Jaan_Tonisson_(Lasteleht), lk 474
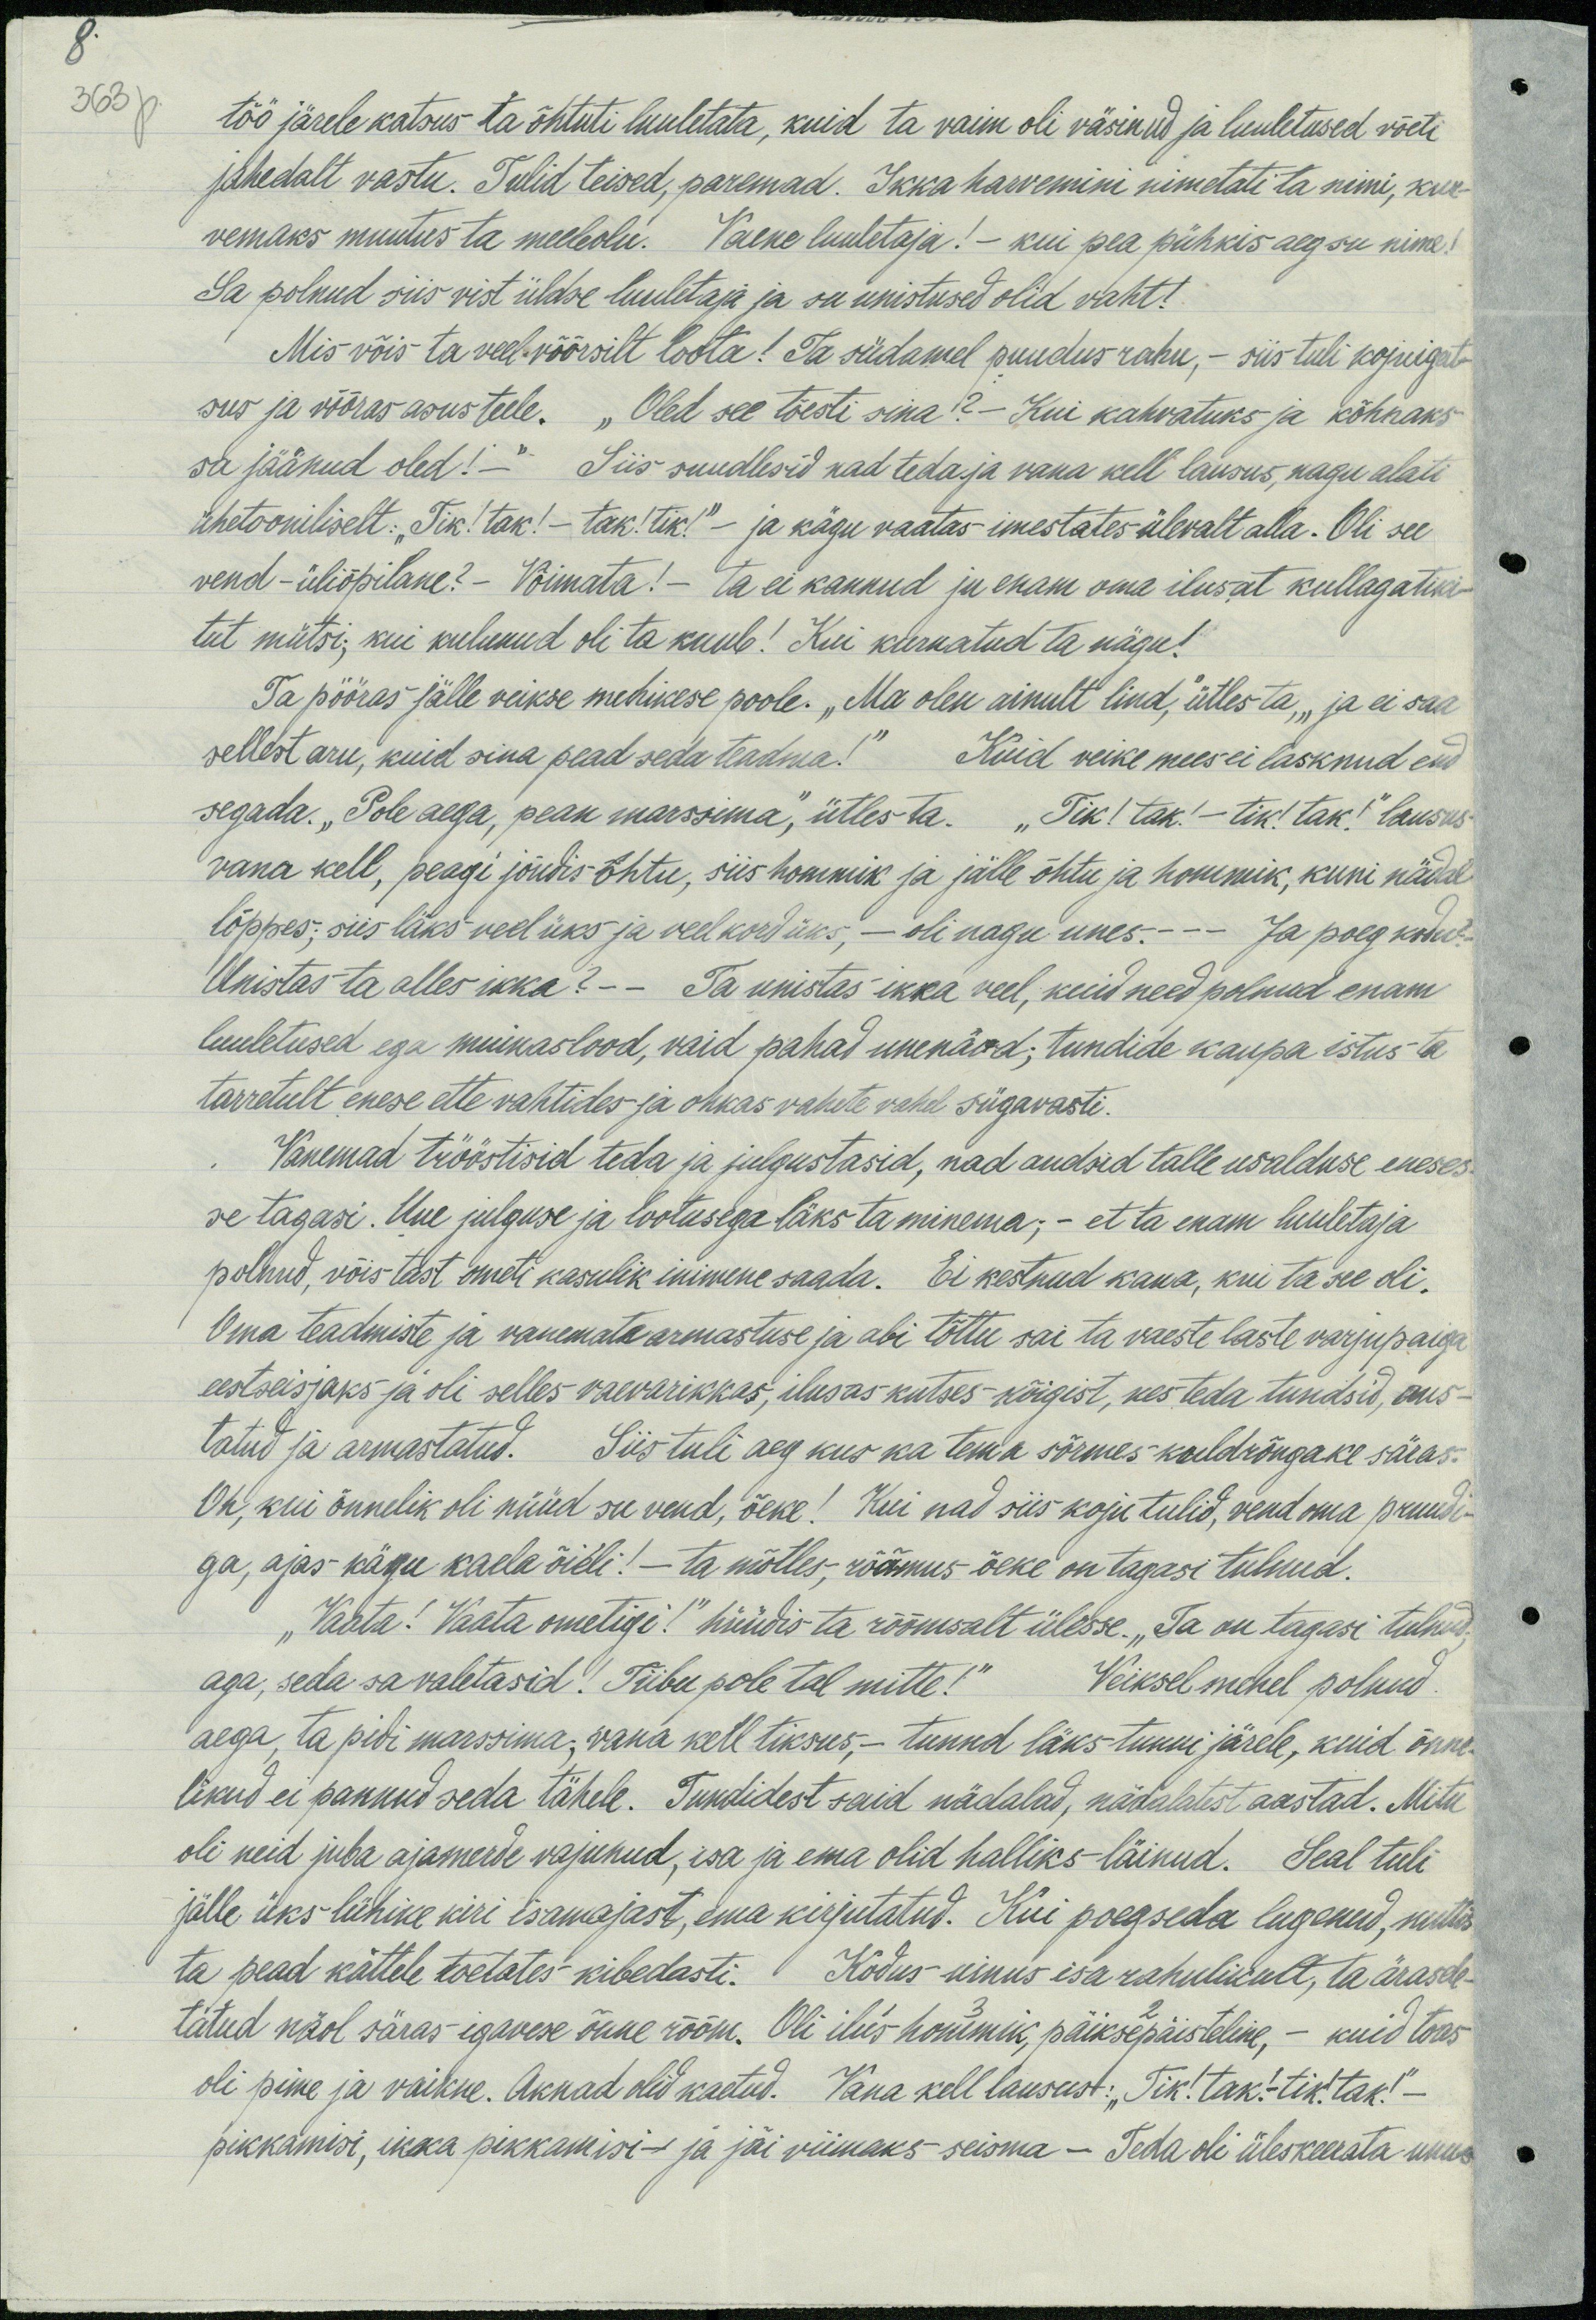
8
363 p.

töö järele katsus ta õhtuti luuletata, kuid ta vaim oli väsinud ja luuhetused võeti
jahedalt vastu. Tulid teised, paremad. Ikka harvemini nimetati ta nimi, kur-
vemaks muutus ta meeleolu. Vaene luuletaja! - kui pea pühkis aeg su nime!
Sa polnud siis vist üldse luuletaja ja su unistused olid vaht!
Mis võis ta veel võõrsilt loota! Ta südamel puudus rahu, - siis tuli kojuigat-
sus ja võõras asus teele. "Oled see tõesti sina?" Kui kahvatuks ja kõhnaks
sa jäänud oled!“ Siis suudlesid nad teda ja vana kell lausus, nagu alati
ühetooniliselt. "Tik! tak! - tak! tik!" - ja kägu vaatas imestates ülevalt alla. Oli see
vend - üliõpilane? - Võimata! - ta ei kannud ju enam oma ilusat kullaga tiki-
tut mütsi, kui kulunud oli ta kuub! Kui kurnatud ta nägu!
Ta pööras jälle veikse mehikese poole. „Ma olen ainult lind, ütles ta, „ja ei saa
sellest aru, kuid sina pead seda teadma!" Kuid veike mees ei lasknud end
segada. "Pole aega, pean marssima", ütles ta. "Tik! tak! - tik! tak!" lausus-
vana kell, peagi jõudis õhtu, siis hommik ja jälle õhtu ja hommik, kuni nädal
lõppes; siis läks veel üks ja veel kord üks, - oli nagu unes.- - Ja poeg kodu?
Unistas ta alles ikka? – Ta unistas ikka veel, kuid need polnud enam
luuletused ega muinaslood, vaid pahad unenäod; tundide kaupa istus ta
tarretult enese ette vahtides ja ohkas vahete vahel sügavasti.
„Vanemad trööstisid teda ja julgustasid, nad andsid talle usalduse eneses-
se tagasi. Uue julguse ja lootusega läks ta minema; - et ta enam luuletaja
polnud, võis tast ometi kasulik inimene saada. Ei kestnud kaua, kui ta see oli,
Oma teadmiste ja vanemata armastuse ja abi tõttu sai ta vaeste laste varjupaiga
eestseisjaks ja oli selles vaevarikkas, ilusas kutses kõigist, kes teda tundisid, aus-
tatud ja armastatud. Siis tuli aeg kus ka tema sõrmes kuldrõngake säras-
Oh, kui õnnelik oli nüüd su vend, õeke! Kui nad siis koju tulid, vend oma pruudi-
ga, ajas kägu kaela õieti! - ta mõtles; rõõmus õeke on tagasi tulnud.
"Vaata! Vaata ometigi!" hüüdis ta rõõmsalt ülesse. „Ta on tagasi tulnud,
aga, seda sa valetasid! Tiibu pole tal mitte!" Veiksel mehel polnud.
aega, ta pidi marssima, vana kell tiksus, - tunnd läks tunni järele, kuid õnne
likud ei pannud seda tähele. Tundidest said nädalad, nädalatest aastad. Mitu
oli neid juba ajamerde vajunud, isa ja ema olid halliks läinud. Seal tuli
jälle üks lühike kiri isamajast, ema kirjutatud. Kui poeg seda lugenud, nuttis
ta pead kättele toetates kibedasti. Kodus uinus isa rahulikult, ta ärasele-
tatud näol säras-igavese õnne rõõm. Oli ilus hommik, päiksepäisteline. - kuid toas
oli pime ja vaikne. Aknad olid kaetud. Vana kell lausust: "Tik! tak.- tik! tak!"
pikkamisi, ikka pikkamisi- ja jäi viimaks seisma - Teda oli üleskeerata unus-